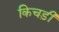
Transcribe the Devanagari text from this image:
किचड़ी